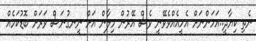
ނެތި ކިޔާދީ..އަހަންނަށް އެހީއެއްވެވޭނީ ވެސް އޭރުން މިލާން އަށް ނީނގުނަސް ވަރަށް ބޮޑުކަމެއް